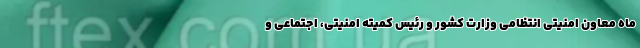
ماه معاون امنیتی انتظامی وزارت کشور و رئیس کمیته امنیتی، اجتماعی و